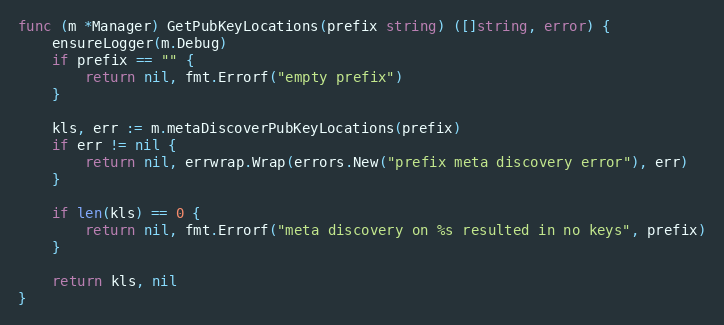
Language: Go
func (m *Manager) GetPubKeyLocations(prefix string) ([]string, error) {
	ensureLogger(m.Debug)
	if prefix == "" {
		return nil, fmt.Errorf("empty prefix")
	}

	kls, err := m.metaDiscoverPubKeyLocations(prefix)
	if err != nil {
		return nil, errwrap.Wrap(errors.New("prefix meta discovery error"), err)
	}

	if len(kls) == 0 {
		return nil, fmt.Errorf("meta discovery on %s resulted in no keys", prefix)
	}

	return kls, nil
}